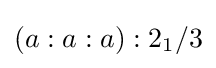
\left(a:a:a\right):2_{1}/3